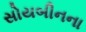
સોયબીનના